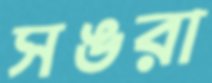
সঙরা